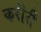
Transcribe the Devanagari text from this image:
करीरी